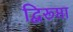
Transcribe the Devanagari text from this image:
द्विरूप्ता